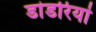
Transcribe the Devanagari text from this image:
डांडरियां